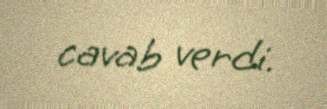
cavab verdi.